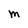
Character: M